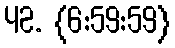
42. {6:59:59}